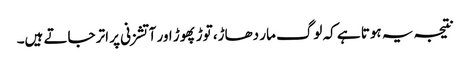
نتیجہ یہ ہوتا ہے کہ لوگ مار دھاڑ، توڑ پھوڑ اور آتشزنی پر اتر جاتے ہیں۔